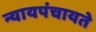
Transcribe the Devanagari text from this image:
न्यायपंचायते